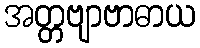
အတ္တဗျာဗာဓာယ